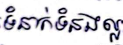
ទំនាក់ទំនងល្អ